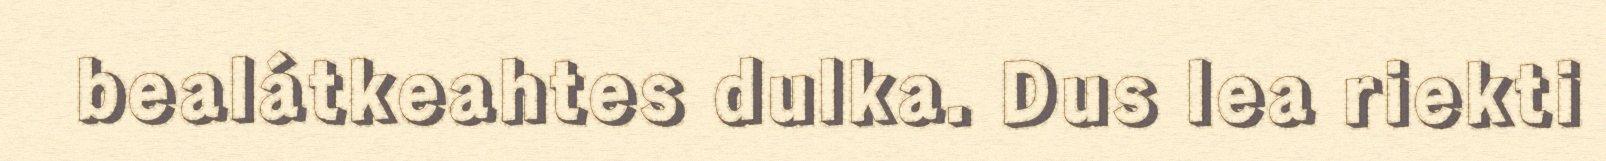
bealátkeahtes dulka. Dus lea riekti